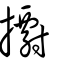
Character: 𢷋